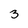
Character: 3